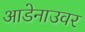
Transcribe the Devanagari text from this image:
आडेनाउवर